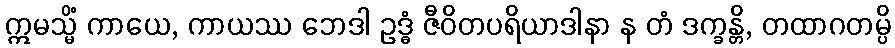
ဣမသ္မိံ ကာယေ, ကာယဿ ဘေဒါ ဥဒ္ဓံ ဇီဝိတပရိယာဒါနာ န တံ ဒက္ခန္တိ, တထာဂတမ္ပိ